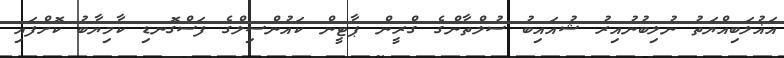
އަޣުލަބިއްޔަތު ނުލިބުނުއިރު ޝުއައިބު ސުލްތާންގެ ގްރީން ޕާޓީން ކައުންސިލްގެ ފަސްގޮނޑި ކާމިޔާބު ކޮށްފައި